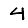
Digit: 4